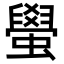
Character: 𬠰